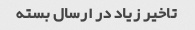
تاخیر زیاد در ارسال بسته